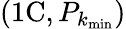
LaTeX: (\mathrm{1C},P_{k_{\mathrm{min}}})